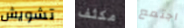
تشويش مكثف اجتمع